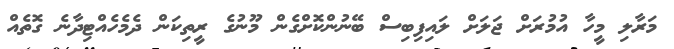
މަރާލި މީހާ އުމުރަށް ޖަލަށް ލައިފިބިސް ބޭނުންކޮށްގެން މޫނުގެ ރީތިކަން ދެމެހެއްޓިދާނެ ގޮތެއް